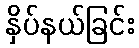
နှိပ်နယ်ခြင်း